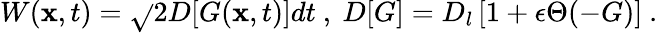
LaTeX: W(\mathbf{x},t)=\sqrt{}{{2D[G(\mathbf{x},t)]dt}}\ ,\ D[G]=D_{l}\left[1+\epsilon\Theta(-G)\right]\ .